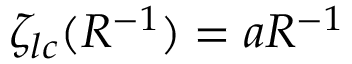
\zeta _ { l c } ( R ^ { - 1 } ) = a R ^ { - 1 }